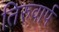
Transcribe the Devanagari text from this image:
तिरुवार्प